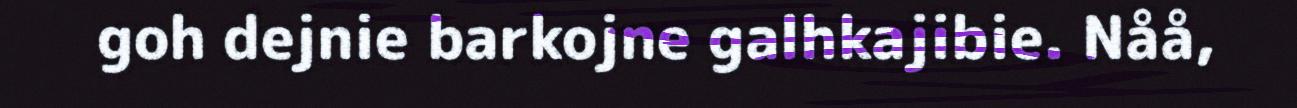
goh dejnie barkojne galhkajibie. Nåå,